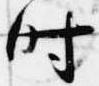
時